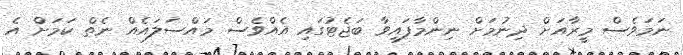
ނަމަވެސް މީރާއަށް ދިނުމަށް ނިންމާފައިވާ ބަޖެޓުގައި އެއްވެސް މައްސަލައެއް ނެތް ކަމަށް އެ